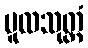
မူလသုတ္တံ